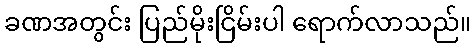
ခဏအတွင်း ပြည်မိုးငြိမ်းပါ ရောက်လာသည်။